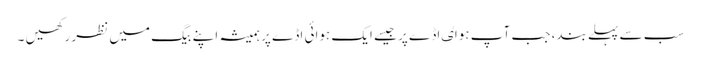
سب سے پہلے بند، جب آپ ہواٸ اڈے پر جیسے ایک ہوائی اڈے پر ہمیشہ اپنے بیگ میں نظر رکھیں ۔